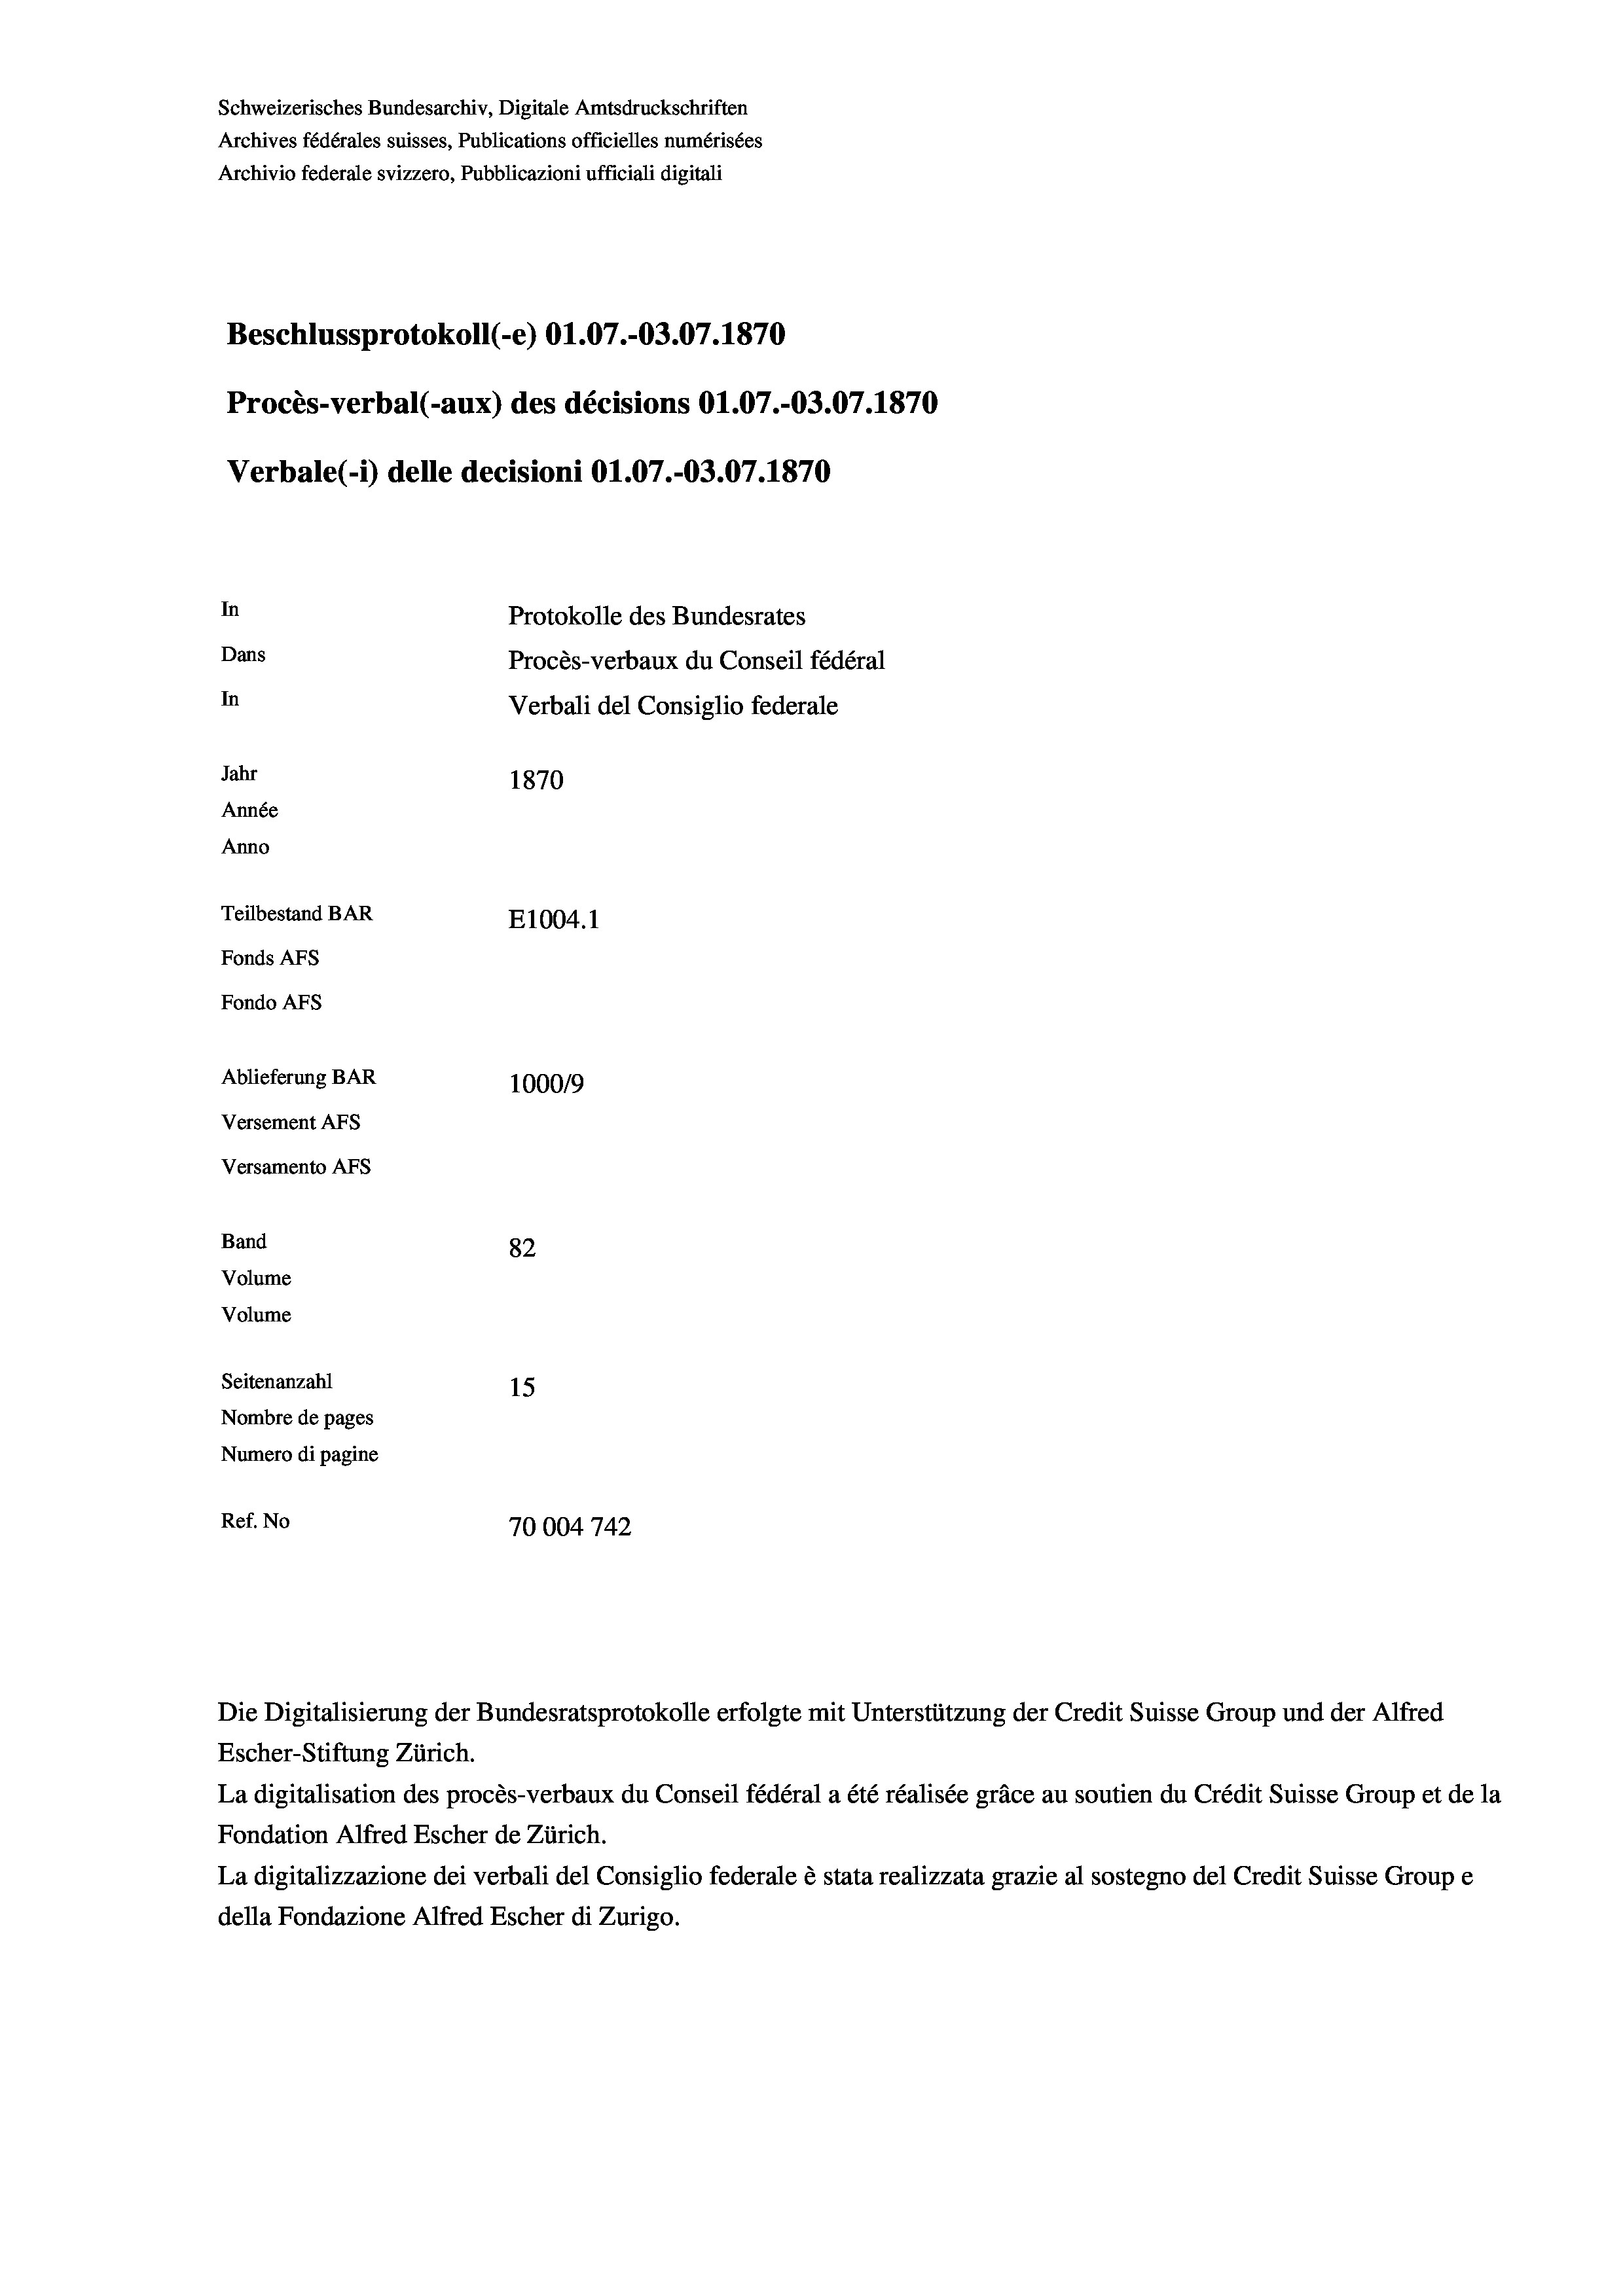
Schweizerisches Bundesarchiv, Digitale Amtsdruckschriften
Archives fédérales suisses, Publications officielles numérisées
Archivio federale svizzero, Pubblicazioni ufficiali digitali
Beschlussprotokoll (-e) O1.07.-03.07. 1870
Procès-verbal (-aux) des décisions O1.07.-O3.07. 1870
Verbale (- 1) delle decisioni Ol.07.-O3.07. 1870
In
Protokolle des Bundesrates
Dans
Procès-verbaux du Conseil fédéral
In
Verbali del Consiglio federale
Jahr
1870
Année
Anno
Teilbestand BAR
E1004. 1
Fonds AFs
Fondo Afs
Ablieferung BAR
100019
Versement AFs
Versamento Afs
Band
82
Volume
Volume
Seitenanzahl
15
Nombre de pages
Numero di pagine

Ref. No
70004 742

Die Digitalisierung der Bundesratsprotokolle erfolgte mit Unterstützung der Credit Suisse Group und der Alfred
Escher-Stiftung Zürich.
La digitalisation des procès-verbaux du Conseil fédéral a été réalisée gräce au soutien du Crédit Suisse Group et de la
Fondation Alfred Escher de Zürich.
La digitalizzazione dei verbali del Consiglio federale è stata realizzata grazie al sostegno del Credit Suisse Groupe
della Fondazione Alfred Escher di Zurigo.